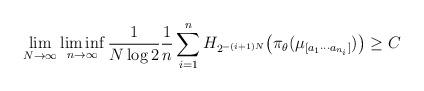
LaTeX: \begin{align*}\lim_{N\to\infty} \liminf_{n\to\infty}\frac{1}{N\log 2}\frac{1}{n}\sum_{i=1}^n H_{2^{-(i+1)N}}\big(\pi_{\theta}(\mu_{[a_1\cdots a_{n_i}]})\big)\geq C\end{align*}